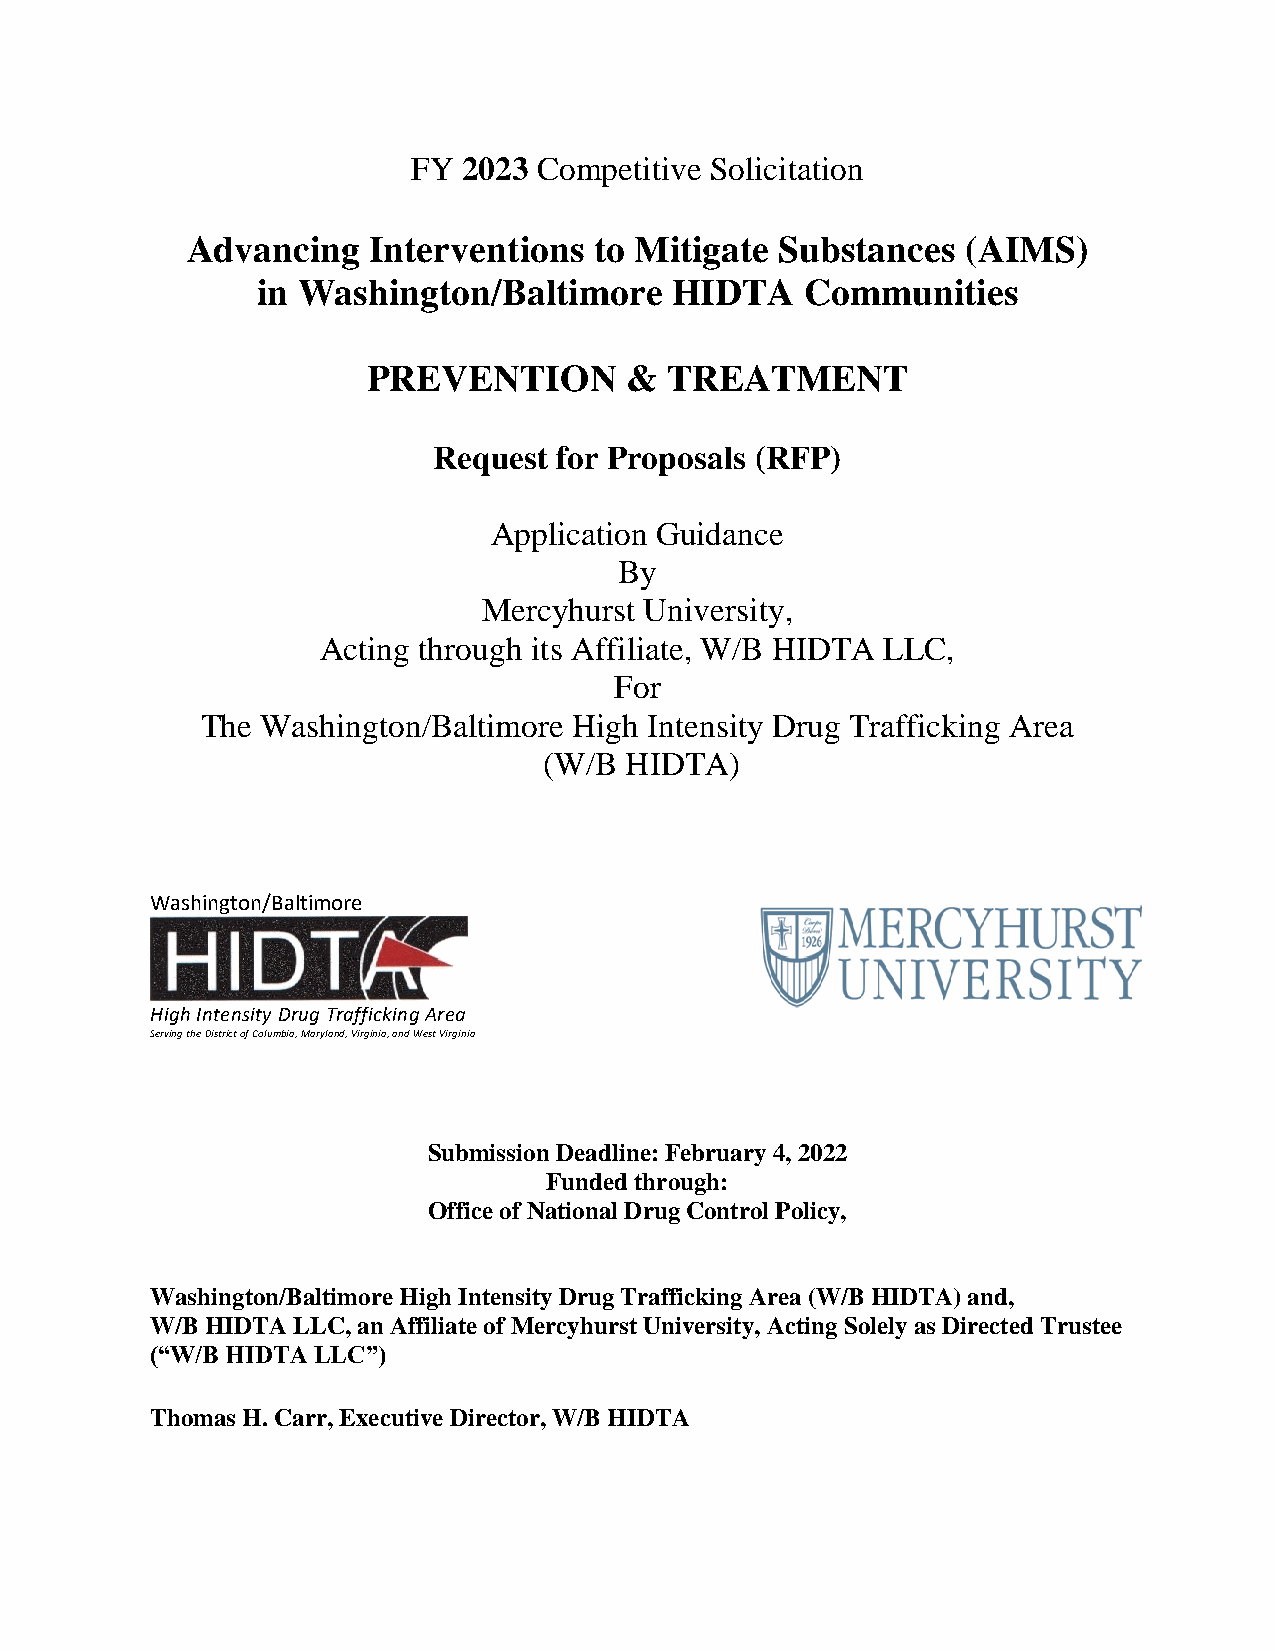
FY  2023 Competitive Solicitation
 Advancing   Interventions  to Mitigate  Substances  (AIMS)
 in Washington/Baltimore    HIDTA    Communities
 PREVENTION       &  TREATMENT
 Request for Proposals (RFP)
 Application Guidance
 By
 Mercyhurst University,
 Acting through its Affiliate, W/B HIDTA LLC,
 For
 The Washington/Baltimore High Intensity Drug Trafficking Area
 (W/B HIDTA)
 Washington/Baltimore
 High Intensity Drug Trafficking Area
 Serving the District of Columbia, Maryland, Virginia, and West Virginia
 Submission Deadline: February 4, 2022
 Funded through:
 Office of National Drug Control Policy,
 Washington/Baltimore High Intensity Drug Trafficking Area (W/B HIDTA) and,
 W/B HIDTA LLC, an Affiliate of Mercyhurst University, Acting Solely as Directed Trustee
 (“W/B HIDTA LLC”)
 Thomas H. Carr, Executive Director, W/B HIDTA